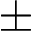
\pm